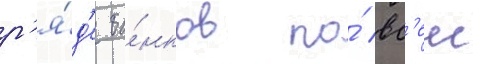
р'я́д'е ба́нков по́ вс'еи